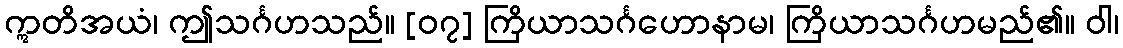
ဣတိအယံ၊ ဤသင်္ဂဟသည်။ [၀၇] ကြိယာသင်္ဂဟောနာမ၊ ကြိယာသင်္ဂဟမည်၏။ ဝါ၊